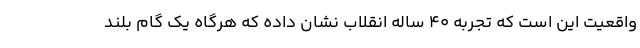
واقعیت این است که تجربه ۴۰ ساله انقلاب نشان داده که هرگاه یک گام بلند